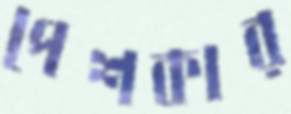
পেশকার